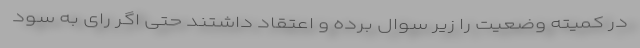
در کمیته وضعیت را زیر سوال برده و اعتقاد داشتند حتی اگر رای به سود